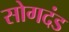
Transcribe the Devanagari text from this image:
सोगदंड